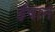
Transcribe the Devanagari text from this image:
ईषान